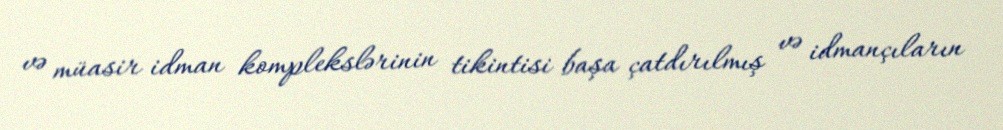
və müasir idman komplekslərinin tikintisi başa çatdırılmış və idmançıların